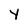
Character: Y